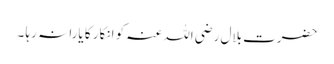
حضرت بلال رضی اللہ عنہ کو انکار کا یارا نہ رہا ۔